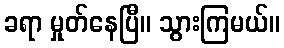
ခရာ မှုတ်နေပြီ။ သွားကြမယ်။